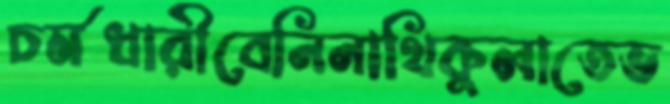
চর্মধারীবেনিনাথিকুলাতেভ